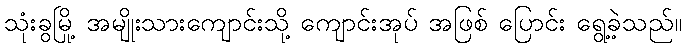
သုံးခွမြို့ အမျိုးသားကျောင်းသို့ ကျောင်းအုပ် အဖြစ် ပြောင်း ရွေ့ခဲ့သည်။